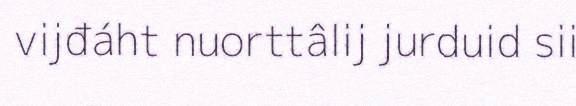
vijđáht nuorttâlij jurduid sii